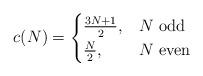
LaTeX: \begin{align*}c(N) =\begin{cases}\frac{3N+1}{2}, & N\mbox{ odd} \\\frac{N}{2}, & N\mbox{ even}\end{cases}\end{align*}